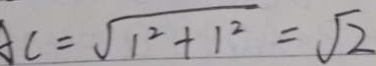
A C = \sqrt { 1 ^ { 2 } + 1 ^ { 2 } } = \sqrt { 2 }